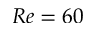
R e = 6 0